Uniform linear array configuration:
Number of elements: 4
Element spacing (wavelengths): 1
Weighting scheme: uniform
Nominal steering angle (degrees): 60
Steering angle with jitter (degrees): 59.526
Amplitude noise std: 0.05
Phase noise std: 0.05

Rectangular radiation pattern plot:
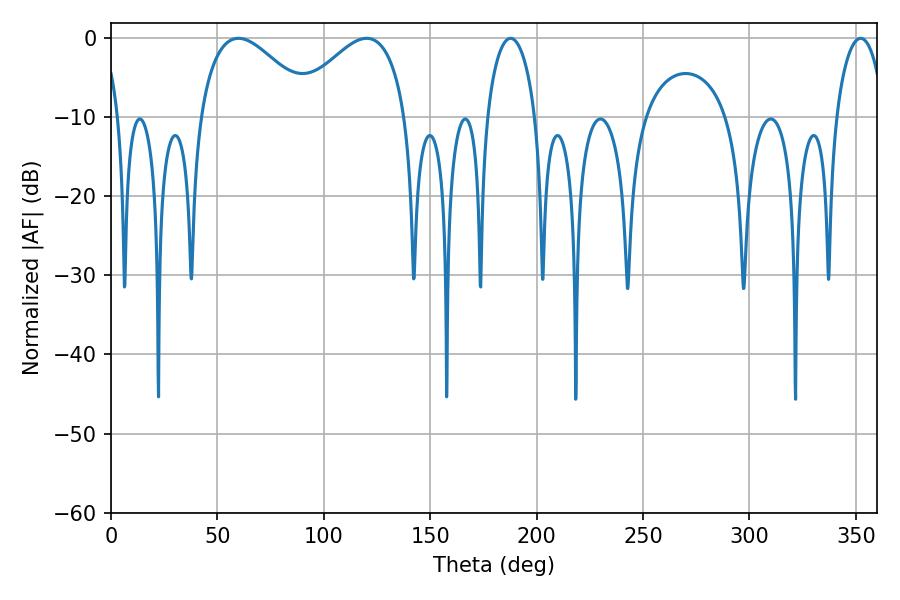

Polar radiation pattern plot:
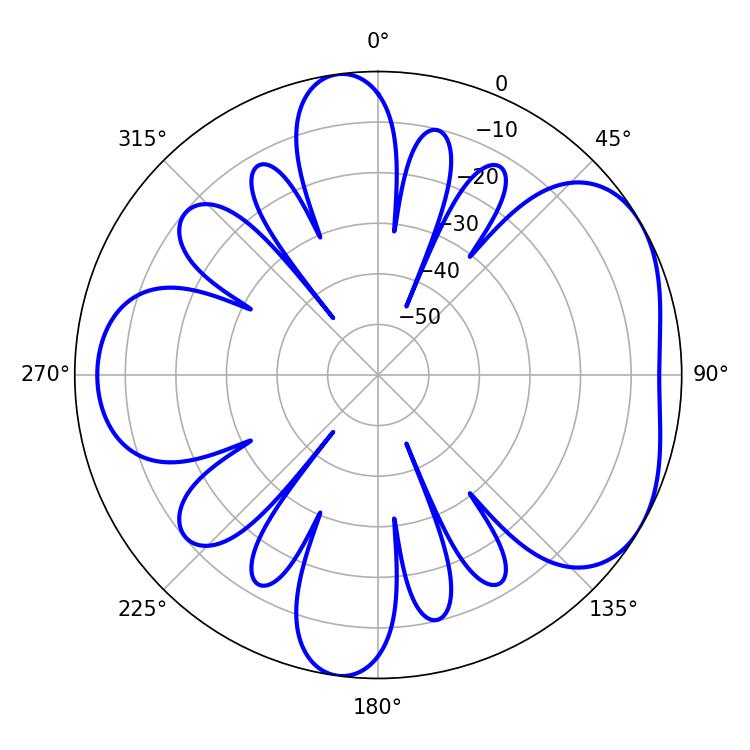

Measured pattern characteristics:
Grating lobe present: TRUE
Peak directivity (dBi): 4.76
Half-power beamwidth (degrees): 13.14
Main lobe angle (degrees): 352.26